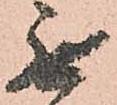
無